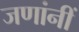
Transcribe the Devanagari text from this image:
जणांनीं